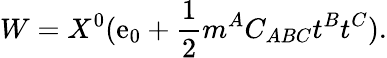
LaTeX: W=X^{0}(\mathrm{e}_{0}+{\frac{{1}}{{2}}}m^{A}C_{ABC}t^{B}t^{C}).